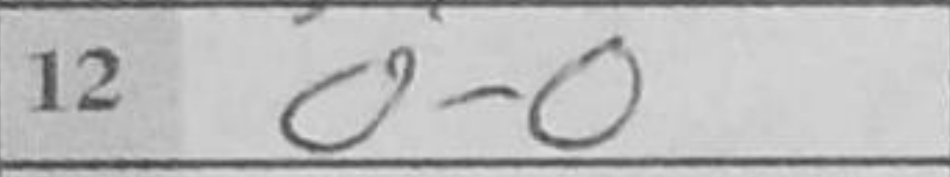
Transcription: O-O